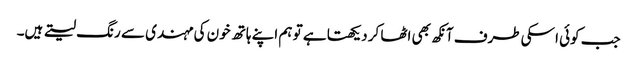
جب کوئی اسکی طرف آنکھ بھی اٹھا کر دیکھتا ہے تو ہم اپنے ہاتھ خون کی مہندی سے رنگ لیتے ہیں۔